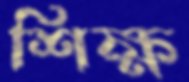
শিক্ষ